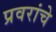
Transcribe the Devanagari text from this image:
प्रवरांचे